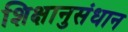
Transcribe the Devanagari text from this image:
शिक्षानुसंधान